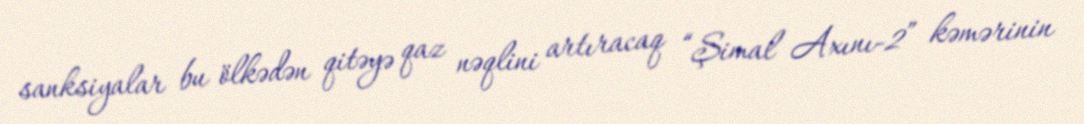
sanksiyalar bu ölkədən qitəyə qaz nəqlini artıracaq “Şimal Axını-2” kəmərinin